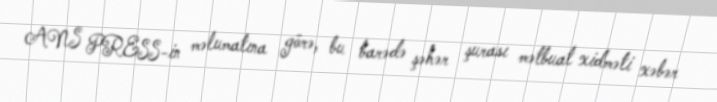
ANS PRESS-in məlumatına görə, bu barədə şəhər şurası mətbuat xidməti xəbər